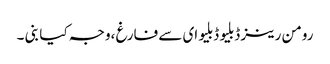
رومن رینز ڈبلیو ڈبلیو ای سے فارغ ،وجہ کیا بنی ۔